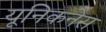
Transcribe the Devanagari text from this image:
यूनिकनेस